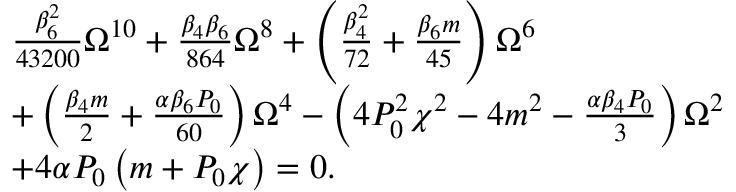
\begin{array} { r l } & { \frac { \beta _ { 6 } ^ { 2 } } { 4 3 2 0 0 } \Omega ^ { 1 0 } + \frac { \beta _ { 4 } \beta _ { 6 } } { 8 6 4 } \Omega ^ { 8 } + \left( \frac { \beta _ { 4 } ^ { 2 } } { 7 2 } + \frac { \beta _ { 6 } m } { 4 5 } \right) \Omega ^ { 6 } } \\ & { + \left( \frac { \beta _ { 4 } m } { 2 } + \frac { \alpha \beta _ { 6 } P _ { 0 } } { 6 0 } \right) \Omega ^ { 4 } - \left( 4 P _ { 0 } ^ { 2 } \chi ^ { 2 } - 4 m ^ { 2 } - \frac { \alpha \beta _ { 4 } P _ { 0 } } { 3 } \right) \Omega ^ { 2 } } \\ & { + 4 \alpha P _ { 0 } \left( m + P _ { 0 } \chi \right) = 0 . } \end{array}